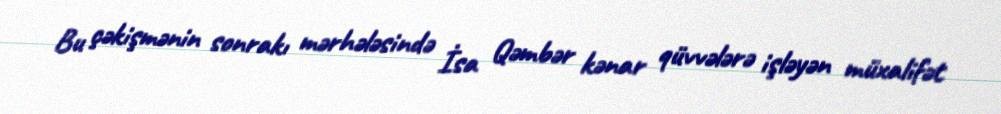
Bu çəkişmənin sonrakı mərhələsində İsa Qəmbər kənar qüvvələrə işləyən müxalifət